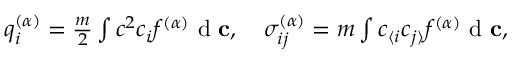
\begin{array} { r } { q _ { i } ^ { ( \alpha ) } = \frac { m } { 2 } \int c ^ { 2 } c _ { i } f ^ { ( \alpha ) } \textrm { d } \mathbf c , \quad \sigma _ { i j } ^ { ( \alpha ) } = m \int c _ { \langle i } c _ { j \rangle } f ^ { ( \alpha ) } \textrm { d } \mathbf c , } \end{array}